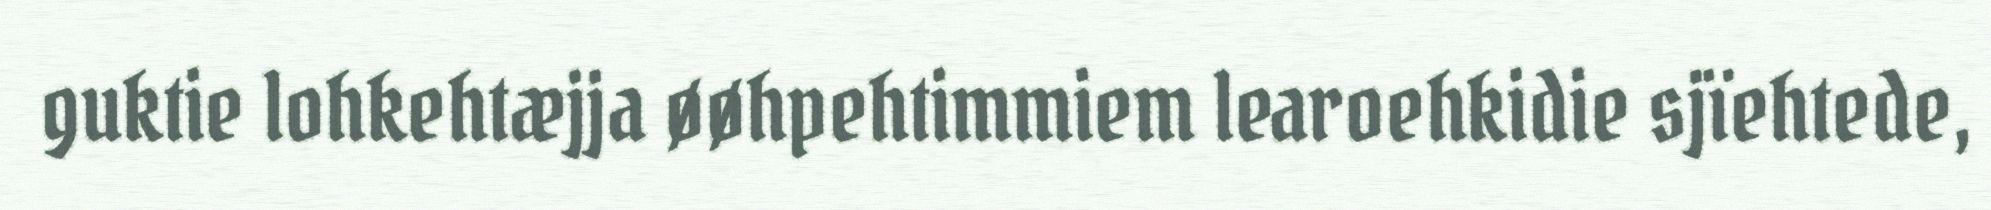
guktie lohkehtæjja øøhpehtimmiem learoehkidie sjïehtede,